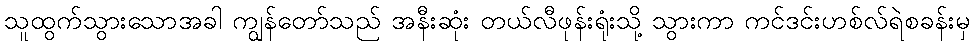
သူထွက်သွားသောအခါ ကျွန်တော်သည် အနီးဆုံး တယ်လီဖုန်းရုံးသို့ သွားကာ ကင်ဒင်းဟစ်လ်ရဲစခန်းမှ